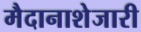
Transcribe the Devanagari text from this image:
मैदानाशेजारी